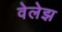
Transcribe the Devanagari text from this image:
वेलेझ